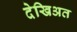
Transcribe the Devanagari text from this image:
देखिअत